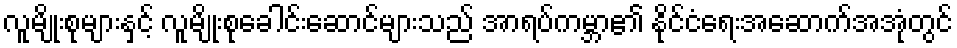
လူမျိုးစုများနှင့် လူမျိုးစုခေါင်းဆောင်များသည် အာရပ်ကမ္ဘာ၏ နိုင်ငံရေးအဆောက်အအုံတွင်